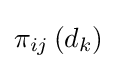
\pi _{ij}\left(d_{k}\right)